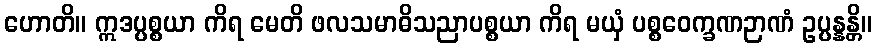
ဟောတိ။ ဣဒပ္ပစ္စယာ ကိရ မေတိ ဖလသမာဓိသညာပစ္စယာ ကိရ မယှံ ပစ္စဝေက္ခဏဉာဏံ ဥပ္ပန္နန္တိ။